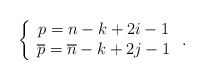
\begin{align*}\left\{ \begin{array}{c}p=n-k+2i-1 \\ \overline{p}=\overline{n}-k+2j-1\end{array}\right. . \end{align*}